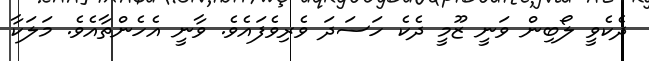
ދެކެވީ ލޯބިން ވަނީ ޒޫމީ ދެކެ ހަސަދަ ވެރިވެފައެވެ. ވާނީ އެހެންތާއެވެ. މަލަކާ